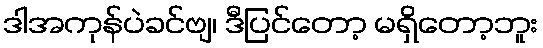
ဒါအကုန်ပဲခင်ဗျ၊ ဒီပြင်တော့ မရှိတော့ဘူး